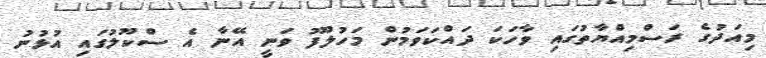
މިއަދުގެ ރަސްމިއްޔާތުގައި ވާހަކަ ދައްކަވަމުން މަހުލޫފު ވަނީ އޭނާ އެ ސްކޫލުގައި އުޅުނު